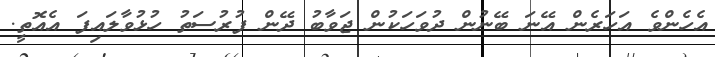
އެހެންވެ އަހަރެން އޭނަ ބޭނުން ދުވަހަކުން ޖަވާބު ދޭން ފުރުސަތު ހުޅުވާލައިފަ އެއޮތީ.